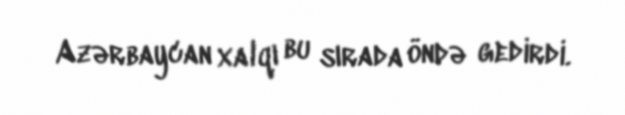
Azərbaycan xalqı bu sırada öndə gedirdi.